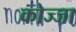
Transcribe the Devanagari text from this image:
कोज्जा